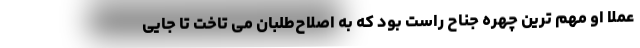
عملا او مهم ترین چهره جناح راست بود که به اصلاح‌طلبان می تاخت تا جایی